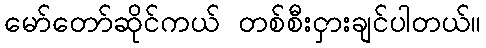
မော်တော်ဆိုင်ကယ် တစ်စီးငှားချင်ပါတယ်။